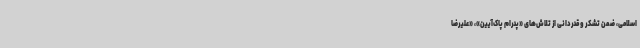
اسلامی، ضمن تشکر و قدردانی از تلاش‌های «پدرام پاک‌آیین»، «علیرضا